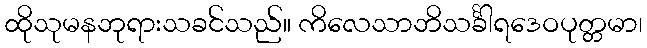
ထိုသုမနဘုရားသခင်သည်။ ကိလေသာဘိသင်္ခါရဒေဝပုတ္တမာ၊